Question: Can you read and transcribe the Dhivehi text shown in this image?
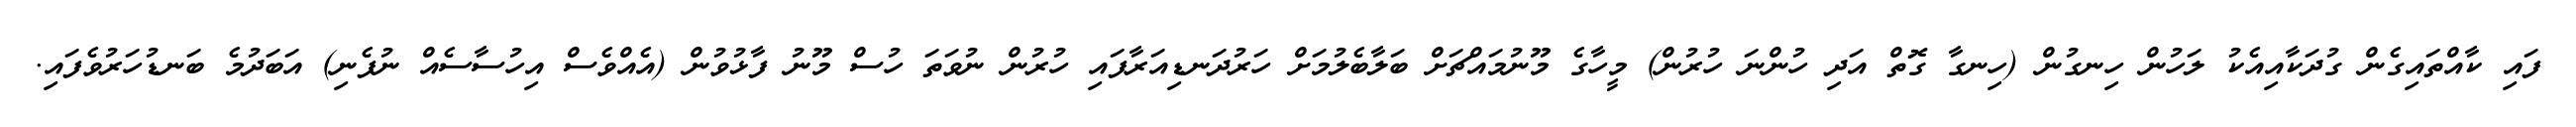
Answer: ފައި ކާއްތައިގެން ގުދަކާއިއެކު ލަހުން ހިނގުން (ހިނގާ ގޮތް އަދި ހުންނަ ހުރުން) މީހާގެ މޫނުމައްޗަށް ބަލާބެލުމަށް ހަރުދަނޑިއަރާފައި ހުރުން ނުވަތަ ހުސް މޫނު ފާޅުވުން (އެއްވެސް އިހުސާސެއް ނުފެނި) އަބަދުމެ ބަނޑުހަރުވެފައި.